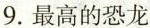
9.最高的恐龙